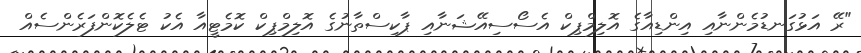
"ރޭ އަޅުގަނޑުމެންނާއި އިންޑިއާގެ އޮލިމްޕިކް އެސޯސިއޭޝަނާއި ޕާކިސްތާނުގެ އޮލިމްޕިކް ކޮމެޓީއާ އެކު ޓެލެކޮންފަރެންސެއް